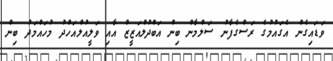
ވަޑައިގެން އެގައުމުގެ ރަސްގެފާނު ސަލްމާން ބިން އަބްދުލްއަޒީޒް އާއި ވަލީއުލްއަހްދު މުހައްމަދު ބިން